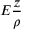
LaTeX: E { \frac { z } { \rho } }